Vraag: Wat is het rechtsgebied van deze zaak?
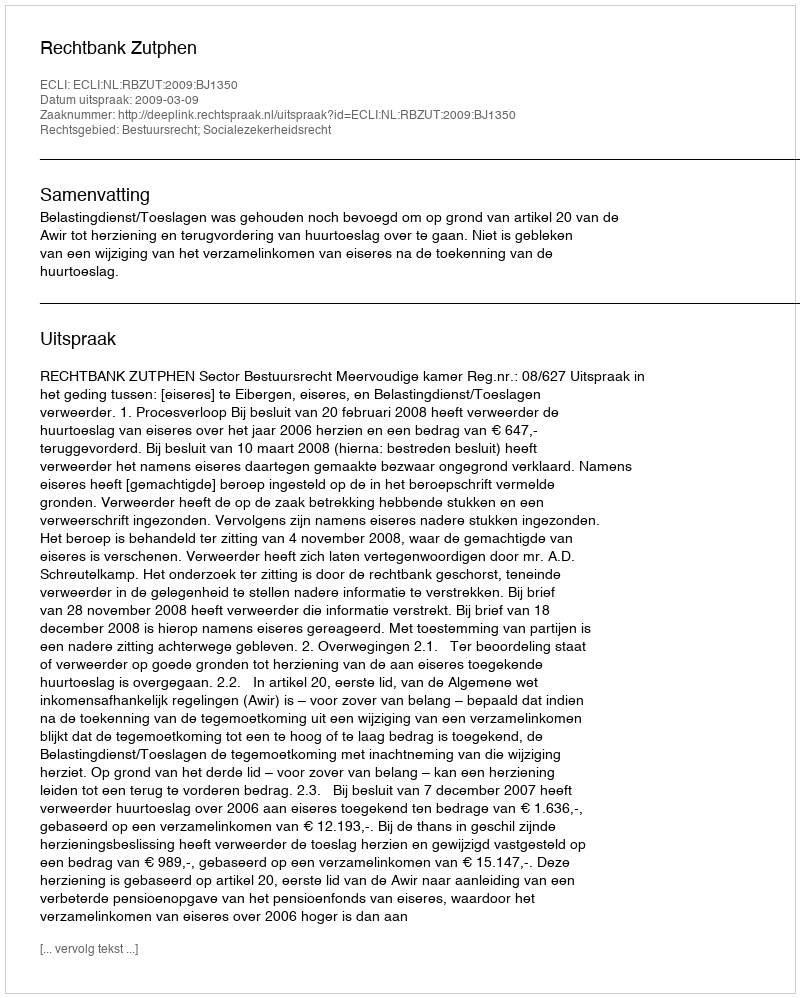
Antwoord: Bestuursrecht; Socialezekerheidsrecht